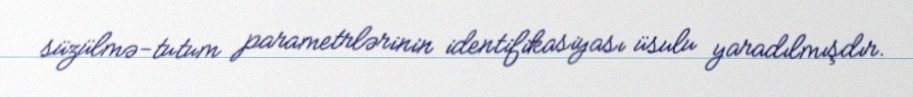
süzülmə-tutum parametrlərinin identifikasiyası üsulu yaradılmışdır.